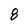
Character: 8